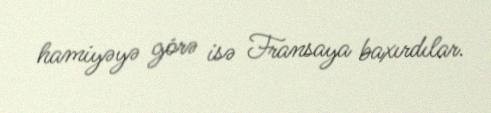
hamiyəyə görə isə Fransaya baxırdılar.